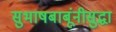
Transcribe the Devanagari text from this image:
सुभाषबाबूंनीसुद्धा